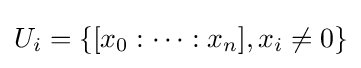
U_{i}=\{[x_{0}:\dots :x_{n}],x_{i}\neq 0\}